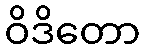
ဝိဒိတော